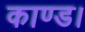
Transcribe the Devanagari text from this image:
काण्ड।